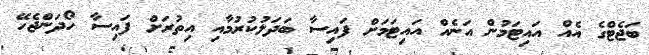
ބަޖެޓްގެ އެއް އައިޓަމުން އަނެއް އައިޓަމަށް ފައިސާ ބަދަލުކުރުމާއި އިތުރަށް ފައިސާ ހޯދަންޖެހޭ